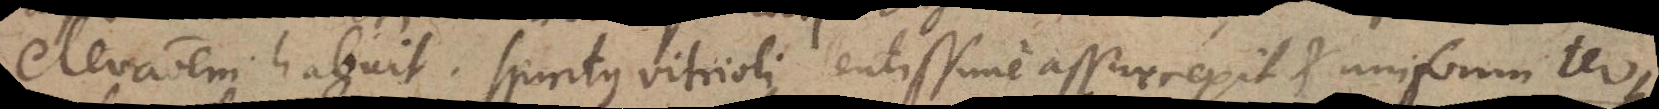
elevationem habuit. Spiritus vitrioli lentissime assurrexit et uniformiter,